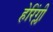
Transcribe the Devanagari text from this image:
हेरिंग्ली